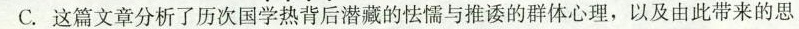
C.这篇文章分析了历次国学热背后潜藏的怯懦与推诿的群体心理，以及由此带来的思